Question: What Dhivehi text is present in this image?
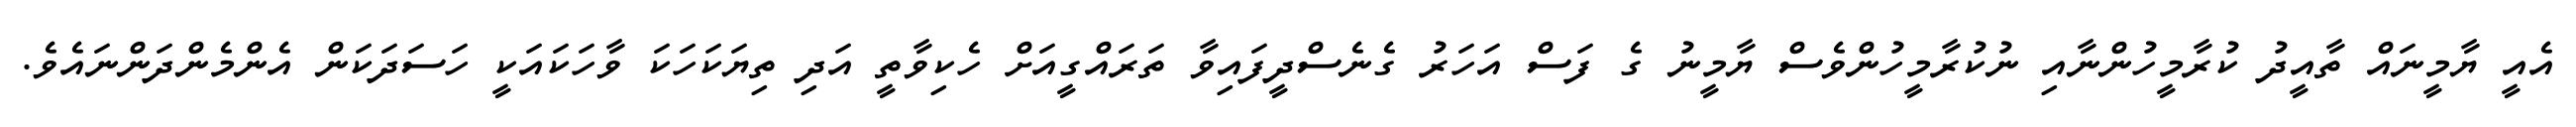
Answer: އެއީ ޔާމީނައް ތާއީދު ކުރާމީހުންނާއި ނުކުރާމީހުންވެސް ޔާމީނު ގެ ފަސް އަހަރު ގެނެސްދީފައިވާ ތަރައްގީއަށް ހެކިވާތީ އަދި ތިޔަކަހަކަ ވާހަކައަކީ ހަސަދަކަން އެންމެންދަންނައެވެ.